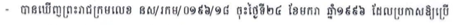
- បានឃើញព្រះរាជក្រមលេខ នស/រកម/០១៩៦/១៨ ចុះថ្ងៃទី២៤ ខែមករា ឆ្នាំ១៩៩៦ ដែលប្រកាសឱ្យប្រើ